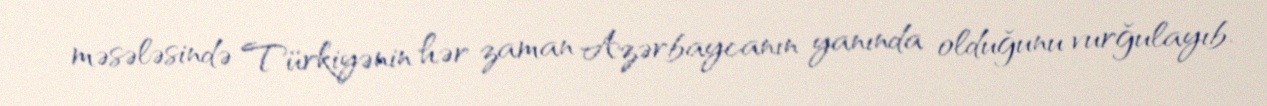
məsələsində Türkiyənin hər zaman Azərbaycanın yanında olduğunu vurğulayıb.